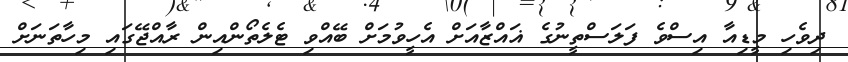
ދިވެހި މީޑިއާ އިސްވެ ފަލަސްތީނުގެ ޣައްޒާއަށް އެހީވުމަށް ބޭއްވި ޓެލެތޯންއިން ރާއްޖޭގައި މިހާތަނަށް